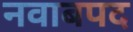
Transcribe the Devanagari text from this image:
नवाबपद